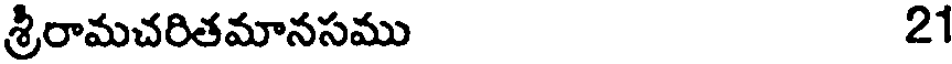
శ్రీరామచరితమానసము 21